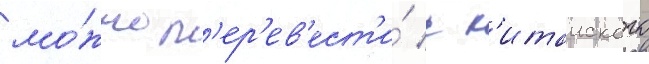
мо́жно п'ер'ев'ест'и́ с к'итаиского